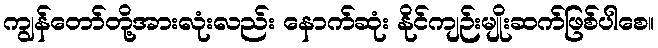
ကျွန်တော်တို့အားလုံးလည်း နောက်ဆုံး နိုင်ကျဉ်းမျိုးဆက်ဖြစ်ပါစေ။